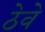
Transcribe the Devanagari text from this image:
ठेवे